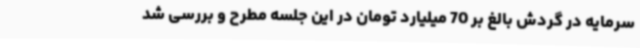
سرمایه در گردش بالغ بر 70 میلیارد تومان در این جلسه مطرح و بررسی شد